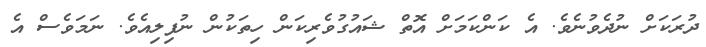
ދުރަކަށް ނުދެވުނެވެ. އެ ކަންކަމަށް އޮތް ޝައުގުވެރިކަން ހިތަކުން ނުފިލިއެވެ. ނަމަވެސް އެ